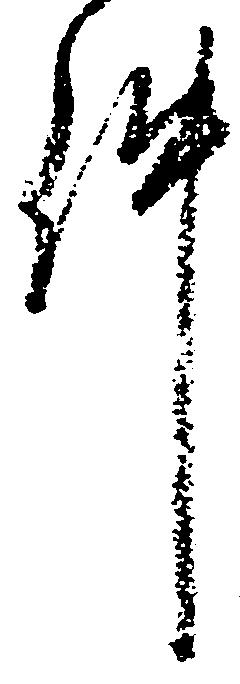
件